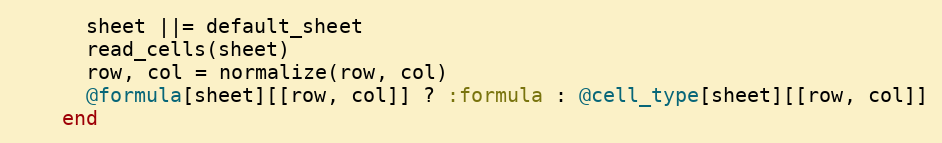
Language: Ruby
      sheet ||= default_sheet
      read_cells(sheet)
      row, col = normalize(row, col)
      @formula[sheet][[row, col]] ? :formula : @cell_type[sheet][[row, col]]
    end